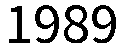
1989